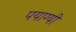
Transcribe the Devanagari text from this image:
पयाग्यी